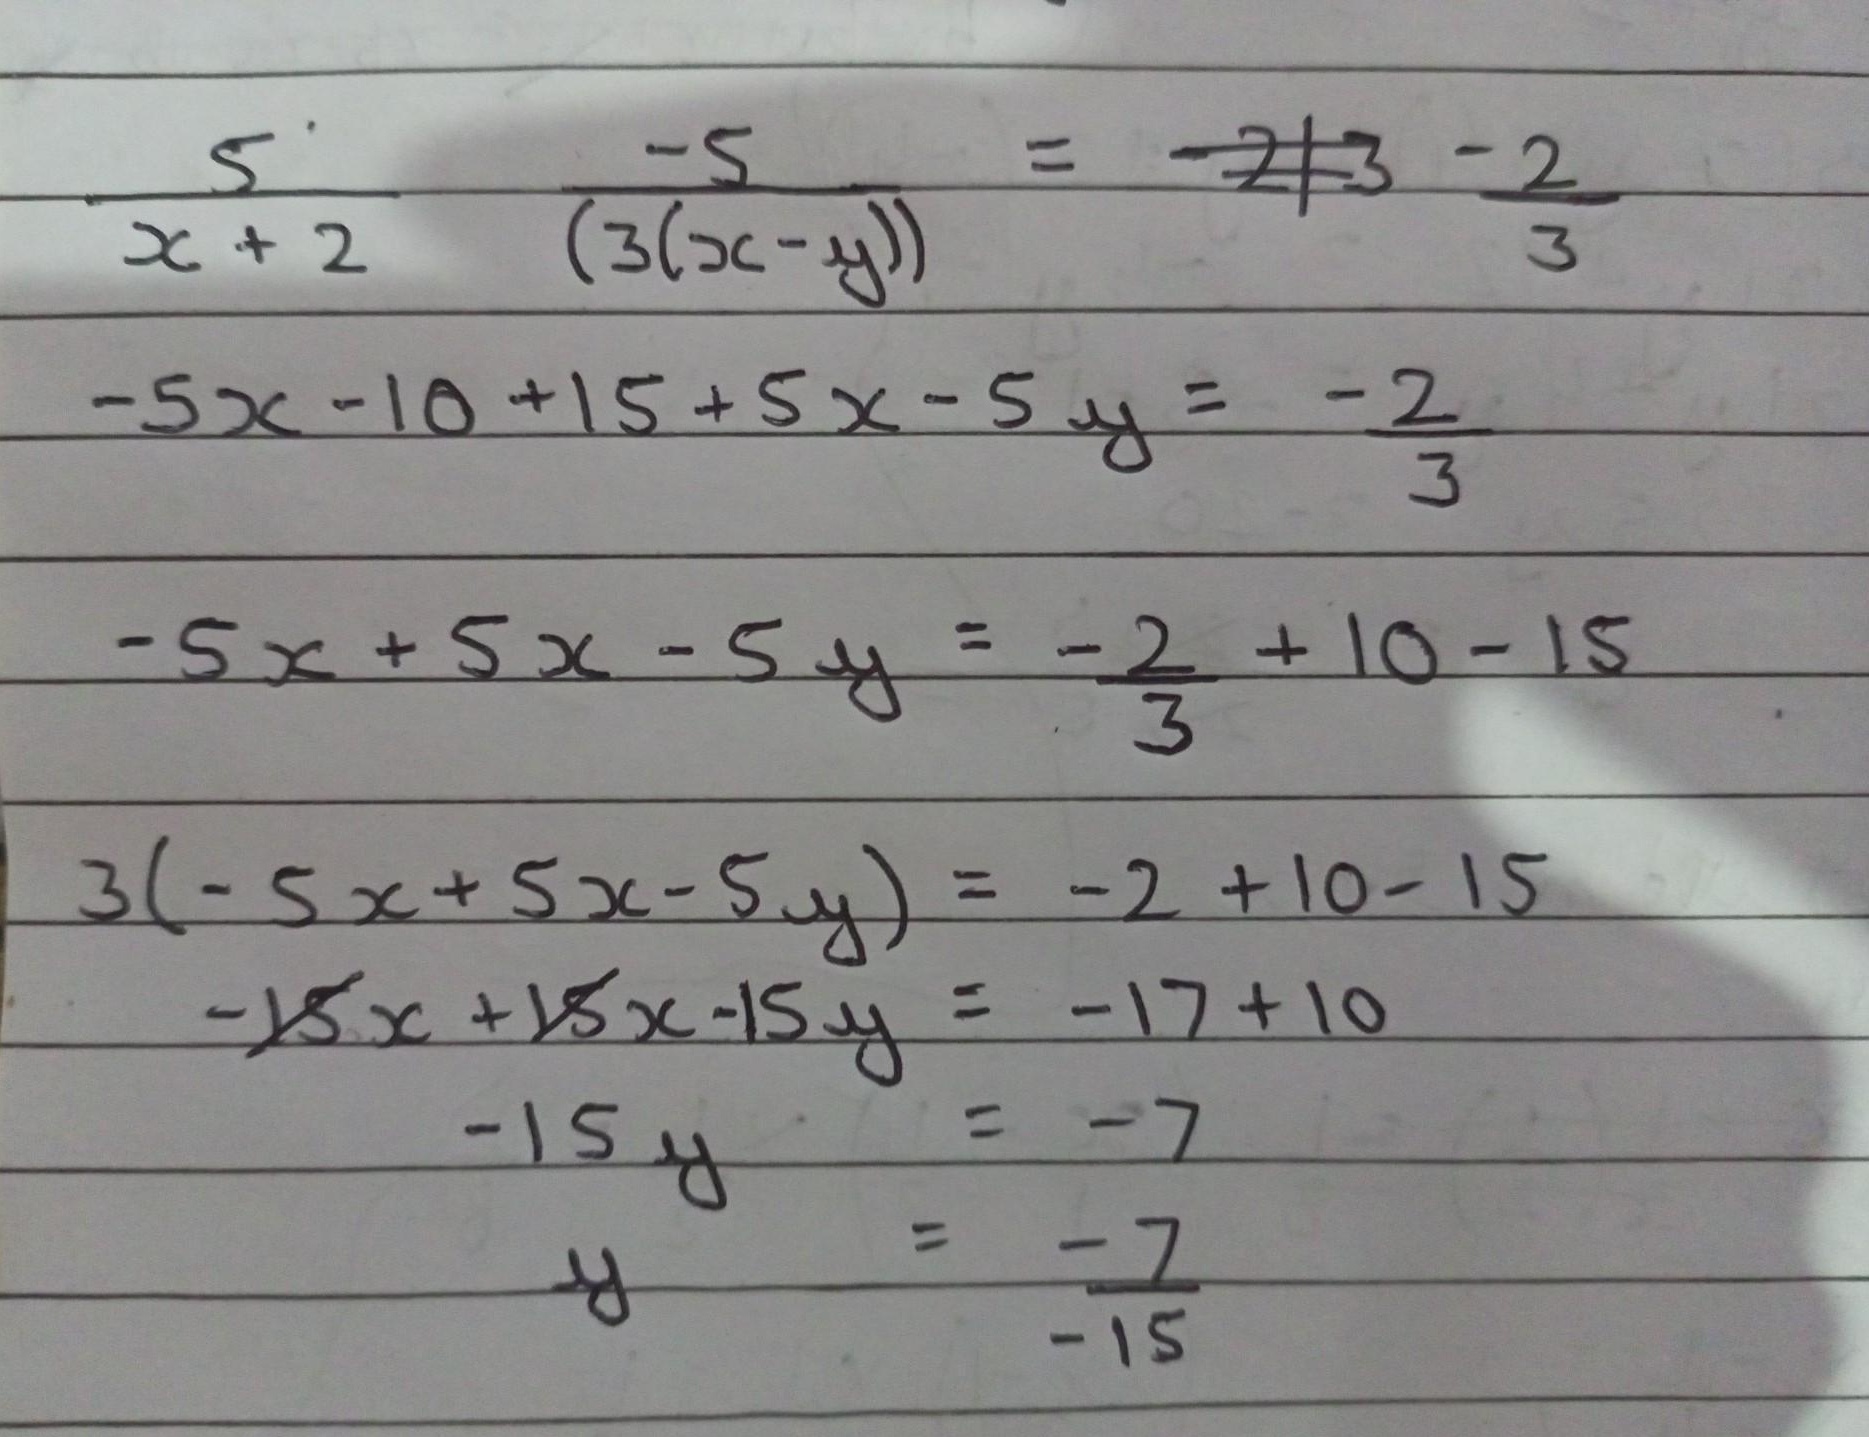
\[\begin{align*}
\frac{5}{x + 2}-\frac{5}{3(x - y)}&=-\frac{2}{3}- 2\\
-5x - 10 + 15 + 5x - 5y&=-\frac{2}{3}\\
-5x + 5x - 5y&=-\frac{2}{3}+10 - 15\\
3(-5x + 5x - 5y)&=-2 + 10 - 15\\
-15x + 15x - 15y&=-17 + 10\\
-15y&=-7\\
y&=\frac{-7}{-15}
\end{align*}\]